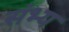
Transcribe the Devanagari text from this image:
संभ्य